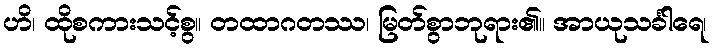
ဟိ၊ ထိုစကားသင့်စွ။ တထာဂတဿ၊ မြတ်စွာဘုရား၏။ အာယုသင်္ခါရေ၊